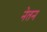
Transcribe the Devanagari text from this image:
नेतन